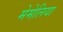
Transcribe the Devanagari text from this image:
मेमेलिया